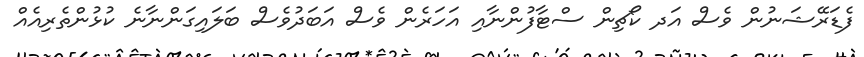
ފެޑަރޭޝަނުން ވެސް އަދ ކޯޗިން ސްޓާފުންނާއި އަހަރެން ވެސް އަބަދުވެސް ބަލައިގަންނާނެ ކުޅުންތެރިއެއް